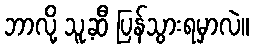
ဘာလို့ သူ့ဆီ ပြန်သွားရမှာလဲ။